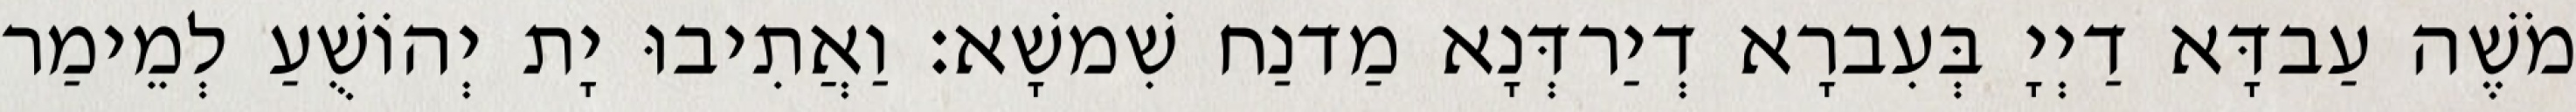
מֹשֶׁה עַבדָּא דַיְיָ בְּעִברָא דְיַרדְּנָא מַדנַח שִׁמשָׁא׃ וַאֲתִיבוּ יָת יְהוֹשֻׁעַ לְמֵימַר